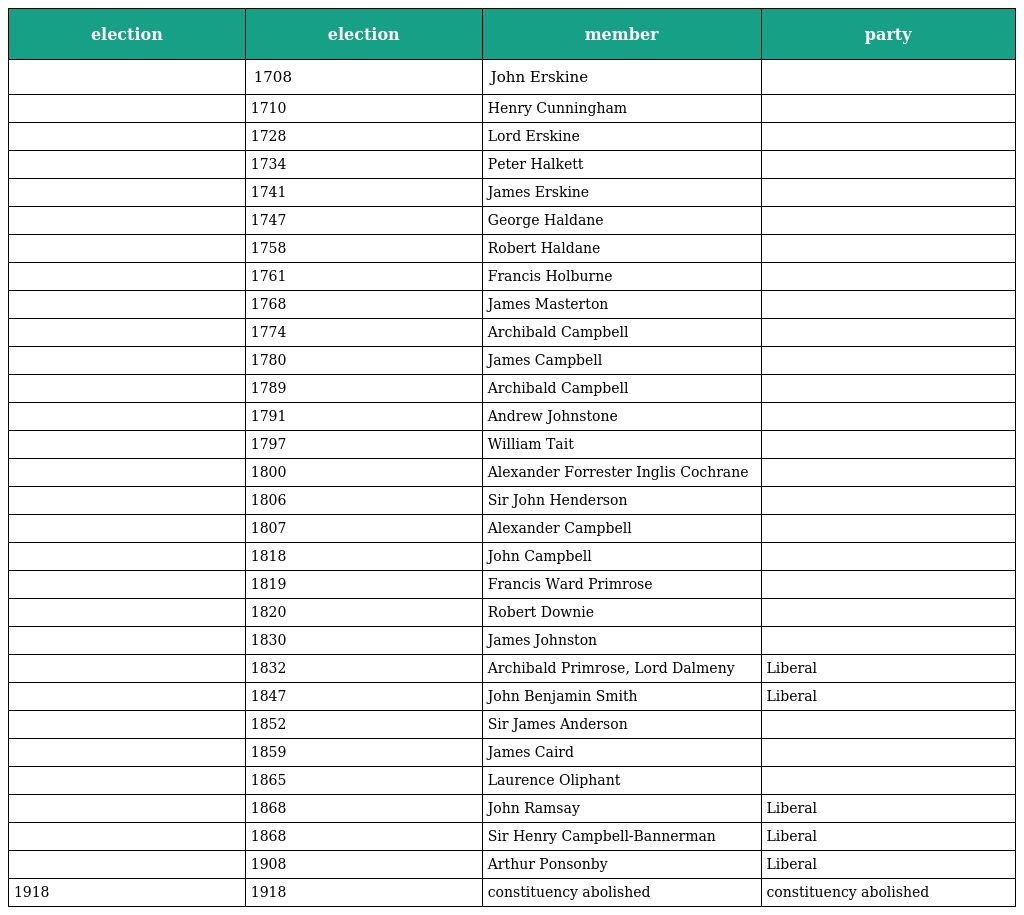
| election | election | member | party |
 | --- | --- | --- | --- |
 |  | 1708 | John Erskine |  |
 |  | 1710 | Henry Cunningham |  |
 |  | 1728 | Lord Erskine |  |
 |  | 1734 | Peter Halkett |  |
 |  | 1741 | James Erskine |  |
 |  | 1747 | George Haldane |  |
 |  | 1758 | Robert Haldane |  |
 |  | 1761 | Francis Holburne |  |
 |  | 1768 | James Masterton |  |
 |  | 1774 | Archibald Campbell |  |
 |  | 1780 | James Campbell |  |
 |  | 1789 | Archibald Campbell |  |
 |  | 1791 | Andrew Johnstone |  |
 |  | 1797 | William Tait |  |
 |  | 1800 | Alexander Forrester Inglis Cochrane |  |
 |  | 1806 | Sir John Henderson |  |
 |  | 1807 | Alexander Campbell |  |
 |  | 1818 | John Campbell |  |
 |  | 1819 | Francis Ward Primrose |  |
 |  | 1820 | Robert Downie |  |
 |  | 1830 | James Johnston |  |
 |  | 1832 | Archibald Primrose, Lord Dalmeny | Liberal |
 |  | 1847 | John Benjamin Smith | Liberal |
 |  | 1852 | Sir James Anderson |  |
 |  | 1859 | James Caird |  |
 |  | 1865 | Laurence Oliphant |  |
 |  | 1868 | John Ramsay | Liberal |
 |  | 1868 | Sir Henry Campbell-Bannerman | Liberal |
 |  | 1908 | Arthur Ponsonby | Liberal |
 | 1918 | 1918 | constituency abolished | constituency abolished |